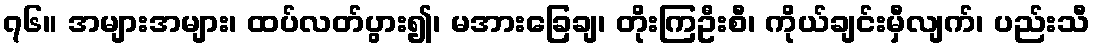
၇၆။ အများအများ၊ ထပ်လတ်ပွား၍၊ မအားခြေချ၊ တိုးကြဦးစီ၊ ကိုယ်ချင်းမှီလျက်၊ ပည်းသီ